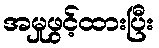
အမှုဖွင့်ထားပြီး